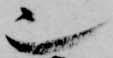
也